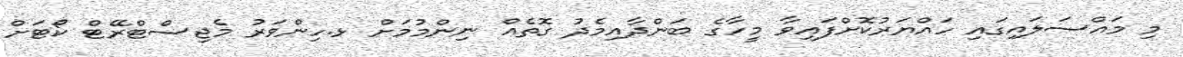
މި މައްސަލައިގައި ހައްޔަރުކޮށްފައިވާ މީހާގެ ބަންދާއިމެދު ގޮތެއް ނިންމުމަށް ޅ.ހިންވަރު މެޖިސްޓްރޭޓް ކޯޓަށް